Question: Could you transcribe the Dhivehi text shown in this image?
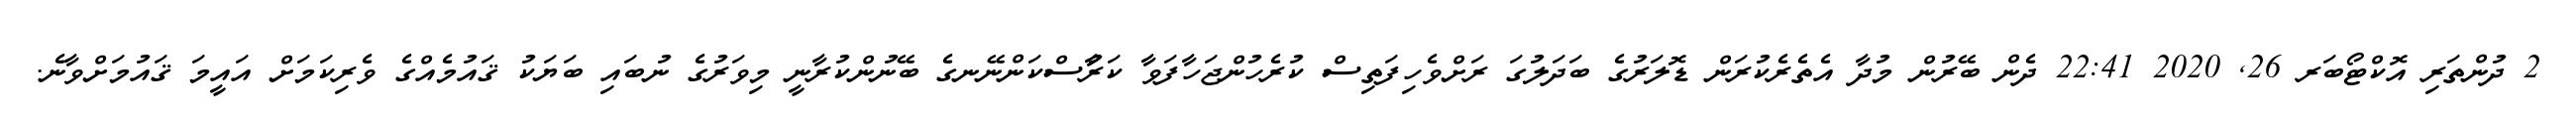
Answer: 2 ދުންތަރި އޮކްޓޯބަރ 26, 2020 22:41 ދެން ބޭރުން މުދާ އެތެރެކުރަން ޑޮލަރުގެ ބަދަލުގަ ރަށްވެހިފަތިސް ކުރެހުންޖަހާފަވާ ކަރުާސްކަންނޭނގެ ބޭނުންކުރާނީ މިވަރުގެ ނުބައި ބަޔަކު ޤައުމެއްގެ ވެރިކަމަށް އައީމަ ޤައުމަށްވާނެ.